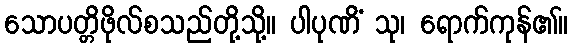
သောပတ္တိဖိုလ်စသည်တို့သို့။ ပါပုဏိံ သု၊ ရောက်ကုန်၏။